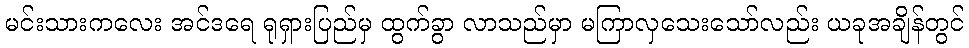
မင်းသားကလေး အင်ဒရေ ရုရှားပြည်မှ ထွက်ခွာ လာသည်မှာ မကြာလှသေးသော်လည်း ယခုအချိန်တွင်